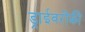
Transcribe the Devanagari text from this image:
ड्राईवरोंकी